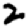
Digit: 2